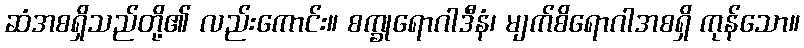
ဆံအစရှိသည်တို့၏ လည်းကောင်း။ စက္ခုရောဂါဒီနံ၊ မျက်စိရောဂါအစရှိ ကုန်သော။